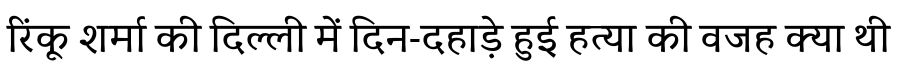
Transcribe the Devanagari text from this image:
रिंकू शर्मा की दिल्ली में दिन-दहाड़े हुई हत्या की वजह क्या थी